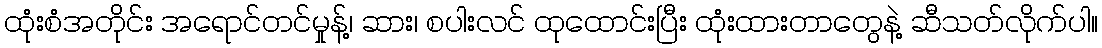
ထုံးစံအတိုင်း အရောင်တင်မှုန့်၊ ဆား၊ စပါးလင် ထုထောင်းပြီး ထုံးထားတာတွေနဲ့ ဆီသတ်လိုက်ပါ။